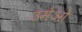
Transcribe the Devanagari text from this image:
उमेओ